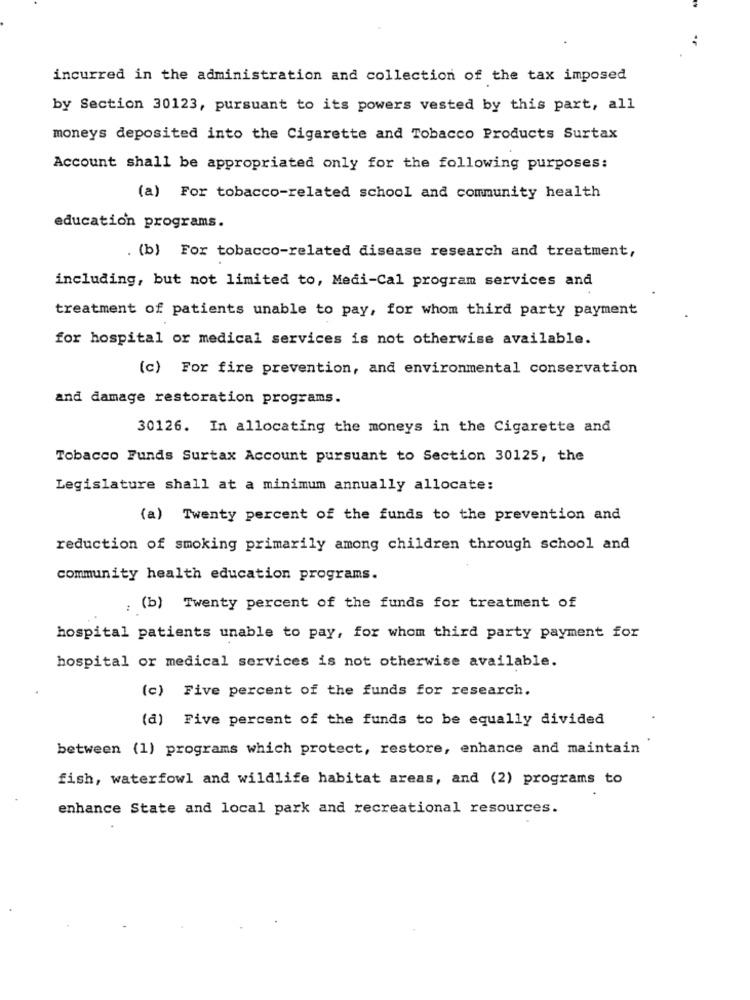
incurred in the administration and collection of the tax imposed
by Section 30123, pursuant to its powers vested by this part, all
moneys deposited into the Cigarette and Tobacco Products Surtax
Account shall be appropriated only for the following purposes:
(a) For tobacco-related school and community health
education programs.
. (b) For tobacco-related disease research and treatment,
including, but not limited to, Medi-Cal program services and
treatment of patients unable to pay, for whom third party payment
for hospital or medical services is not otherwise available.
(c) For fire prevention, and environmental conservation
and damage restoration programs.
30126. In allocating the moneys in the Cigarette and
Tobacco Funds Surtax Account pursuant to Section 30125, the
Legislature shall at a minimum annually allocate:
(a) Twenty percent of the funds to the prevention and
reduction of smoking primarily among children through school and
community health education programs.
: (b) Twenty percent of the funds for treatment of
hospital patients unable to pay, for whom third party payment for
hospital or medical services is not otherwise available.
(c) Five percent of the funds for research.
(d) Five percent of the funds to be equally divided
between (1) programs which protect, restore, enhance and maintain
fish, waterfowl and wildlife habitat areas, and (2) programs to
enhance State and local park and recreational resources.